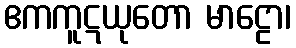
ဧကကူဋယုတော မာဠော၊